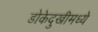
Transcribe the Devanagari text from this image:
डोकेदुखीमध्ये